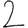
Digit: 2